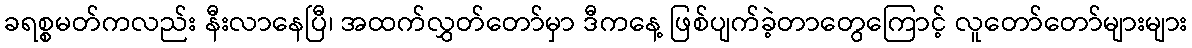
ခရစ္စမတ်ကလည်း နီးလာနေပြီ၊ အထက်လွှတ်တော်မှာ ဒီကနေ့ ဖြစ်ပျက်ခဲ့တာတွေကြောင့် လူတော်တော်များများ